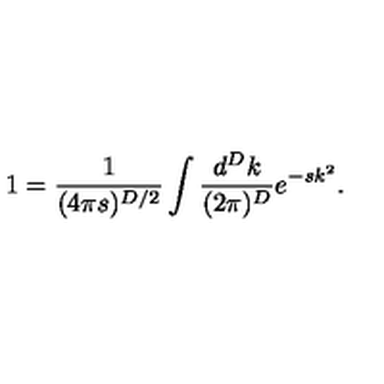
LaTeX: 1 = \frac { 1 } { ( 4 \pi s ) ^ { D / 2 } } \int \frac { d ^ { D } k } { ( 2 \pi ) ^ { D } } e ^ { - s k ^ { 2 } } .